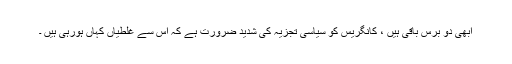
ابھی دو برس باقی ہیں ، کانگریس کو سیاسی تجزیہ کی شدید ضرورت ہے کہ اس سے غلطیاں کہاں ہورہی ہیں ۔